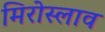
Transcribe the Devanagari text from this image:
मिरोस्लाव